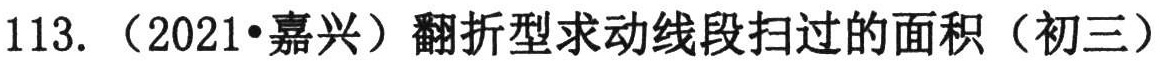
113. （2021•嘉兴）翻折型求动线段扫过的面积（初三）